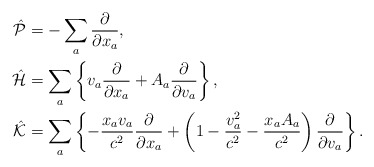
\begin{align*}\hat{\cal P}&=-\sum_a\frac{\partial}{\partial x_a},\\\hat{\cal H}&=\sum_a\left\{v_a\frac{\partial}{\partial x_a}+A_a\frac{\partial}{\partial v_a}\right\},\\\hat{\cal K}&=\sum_a\left\{-\frac{x_av_a}{c^2}\frac{\partial}{\partial x_a}+\left(1-\frac{v_a^2}{c^2}-\frac{x_aA_a}{c^2}\right)\frac{\partial}{\partial v_a}\right\}.\end{align*}